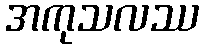
အကုသလဿ